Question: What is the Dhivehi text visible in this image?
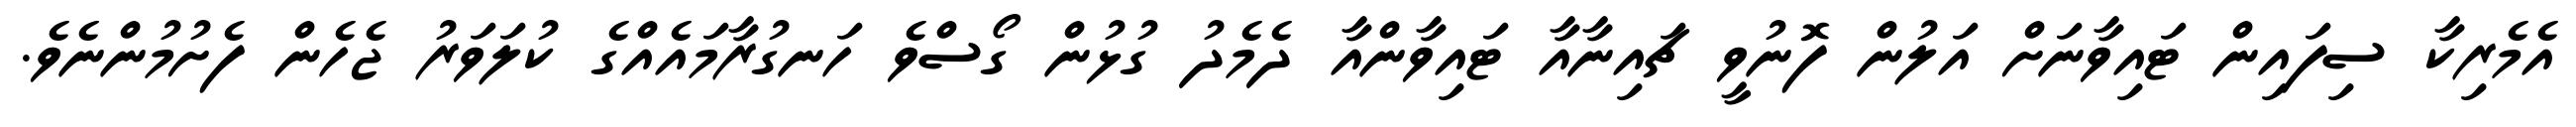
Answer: އެމެރިކާ ސިފައިން ޓައިވާނަށް އަލުން ފޮނުވީ ޗައިނާއާ ޓައިވާންއާ ދެމެދު ގުޅުން ގޯސްވެ ހަނގުރާމައެއްގެ ކުލަވަރު ޖެހެން ފެށުމުންނެވެ.